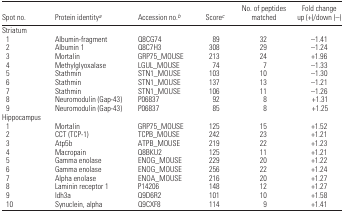
<table><thead><tr><td><b>Spot no.</b></td><td><b>Protein identitya</b></td><td><b>Accession no.b</b></td><td><b>Scorec</b></td><td><b>No. of peptides matched</b></td><td><b>Fold change up (+)/down (−)</b></td></tr></thead><tbody><tr><td colspan="6">Striatum</td></tr><tr><td> 1</td><td>Albumin-fragment</td><td>Q8CG74</td><td>89</td><td>32</td><td>−1.41</td></tr><tr><td> 2</td><td>Albumin 1</td><td>Q8C7H3</td><td>308</td><td>29</td><td>−1.24</td></tr><tr><td> 3</td><td>Mortalin</td><td>GRP75_MOUSE</td><td>213</td><td>24</td><td>+1.96</td></tr><tr><td> 4</td><td>Methylglyoxalase</td><td>LGUL_MOUSE</td><td>74</td><td>7</td><td>−1.33</td></tr><tr><td> 5</td><td>Stathmin</td><td>STN1_MOUSE</td><td>103</td><td>10</td><td>−1.30</td></tr><tr><td> 6</td><td>Stathmin</td><td>STN1_MOUSE</td><td>137</td><td>13</td><td>−1.21</td></tr><tr><td> 7</td><td>Stathmin</td><td>STN1_MOUSE</td><td>106</td><td>11</td><td>−1.26</td></tr><tr><td> 8</td><td>Neuromodulin (Gap-43)</td><td>P06837</td><td>92</td><td>8</td><td>+1.31</td></tr><tr><td> 9</td><td>Neuromodulin (Gap-43)</td><td>P06837</td><td>85</td><td>8</td><td>+1.25</td></tr><tr><td colspan="6">Hippocampus</td></tr><tr><td> 1</td><td>Mortalin</td><td>GRP75_MOUSE</td><td>125</td><td>15</td><td>+1.52</td></tr><tr><td> 2</td><td>CCT (TCP-1)</td><td>TCPB_MOUSE</td><td>242</td><td>23</td><td>+1.21</td></tr><tr><td> 3</td><td>Atp5b</td><td>ATPB_MOUSE</td><td>219</td><td>22</td><td>+1.23</td></tr><tr><td> 4</td><td>Macropain</td><td>Q8BKU2</td><td>125</td><td>11</td><td>+1.21</td></tr><tr><td> 5</td><td>Gamma enolase</td><td>ENOG_MOUSE</td><td>229</td><td>20</td><td>+1.22</td></tr><tr><td> 6</td><td>Gamma enolase</td><td>ENOG_MOUSE</td><td>256</td><td>22</td><td>+1.24</td></tr><tr><td> 7</td><td>Alpha enolase</td><td>ENOA_MOUSE</td><td>216</td><td>20</td><td>+1.27</td></tr><tr><td> 8</td><td>Laminin receptor 1</td><td>P14206</td><td>148</td><td>12</td><td>+1.27</td></tr><tr><td> 9</td><td>Idh3a</td><td>Q9D6R2</td><td>101</td><td>10</td><td>+1.58</td></tr><tr><td> 10</td><td>Synuclein, alpha</td><td>Q9CXF8</td><td>114</td><td>9</td><td>+1.41</td></tr></tbody></table>